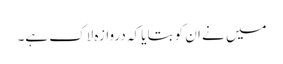
میں نے ان کو بتایا کہ دروازہ لاک ہے۔